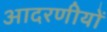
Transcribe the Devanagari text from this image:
आदरणीयों